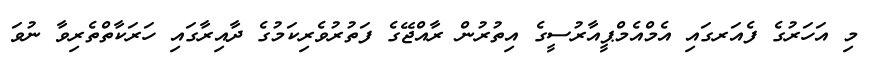
މި އަހަރުގެ ފެއަރގައި އެމްއެމްޕީއާރުސީގެ އިތުރުން ރާއްޖޭގެ ފަތުރުވެރިކަމުގެ ދާއިރާގައި ހަރަކާތްތެރިވާ ނުވަ